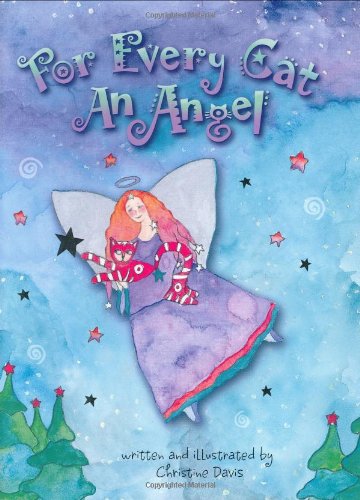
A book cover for For Every Cat an Angel; Christine Davis; Crafts, Hobbies & Home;